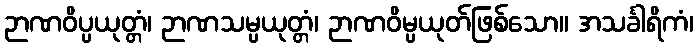
ဉာဏဝိပ္ပယုတ္တံ၊ ဉာဏသမ္ပယုတ္တံ၊ ဉာဏဝိမ္ပယုတ်ဖြစ်သော။ အသင်္ခါရိကံ၊